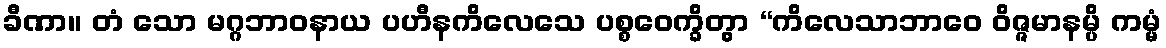
ခီဏာ။ တံ သော မဂ္ဂဘာဝနာယ ပဟီနကိလေသေ ပစ္စဝေက္ခိတွာ “ကိလေသာဘာဝေ ဝိဇ္ဇမာနမ္ပိ ကမ္မံ